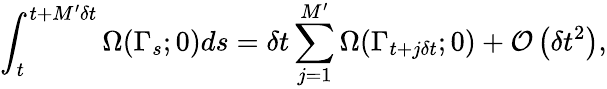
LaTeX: \int_{t}^{t+M^{\prime}\delta t}\Omega(\Gamma_{s};0)ds=\delta t\sum_{j=1}^{M^{\prime}}\Omega(\Gamma_{t+j\delta t};0)+\mathcal{O}\left(\delta t^{2}\right),